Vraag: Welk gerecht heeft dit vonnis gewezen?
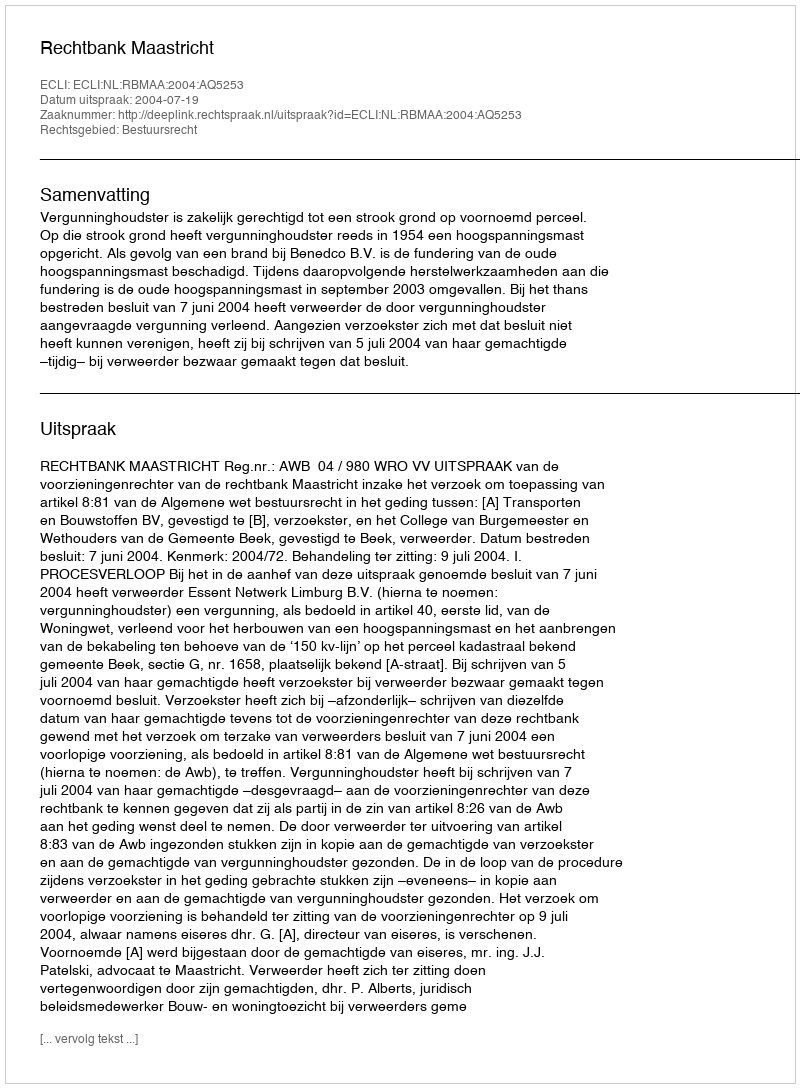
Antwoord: Rechtbank Maastricht